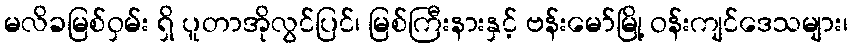
မလိခမြစ်ဝှမ်း ရှိ ပူတာအိုလွင်ပြင်၊ မြစ်ကြီးနားနှင့် ဗန်းမော်မြို့ ဝန်းကျင်ဒေသများ၊